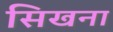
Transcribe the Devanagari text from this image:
सिखना